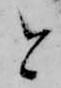
と